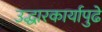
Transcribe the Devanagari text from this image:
उद्धारकार्यापुढे